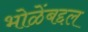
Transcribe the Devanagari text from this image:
भोळेंबद्दल